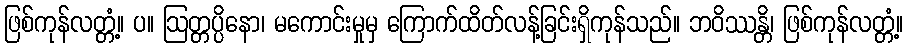
ဖြစ်ကုန်လတ္တံ့။ ပ။ ဩတ္တပ္ပိနော၊ မကောင်းမှုမှ ကြောက်ထိတ်လန့်ခြင်းရှိကုန်သည်။ ဘဝိဿန္တိ၊ ဖြစ်ကုန်လတ္တံ့။